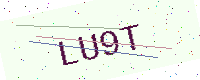
Text: LU9T